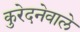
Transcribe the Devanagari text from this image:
कुरेदनेवाले